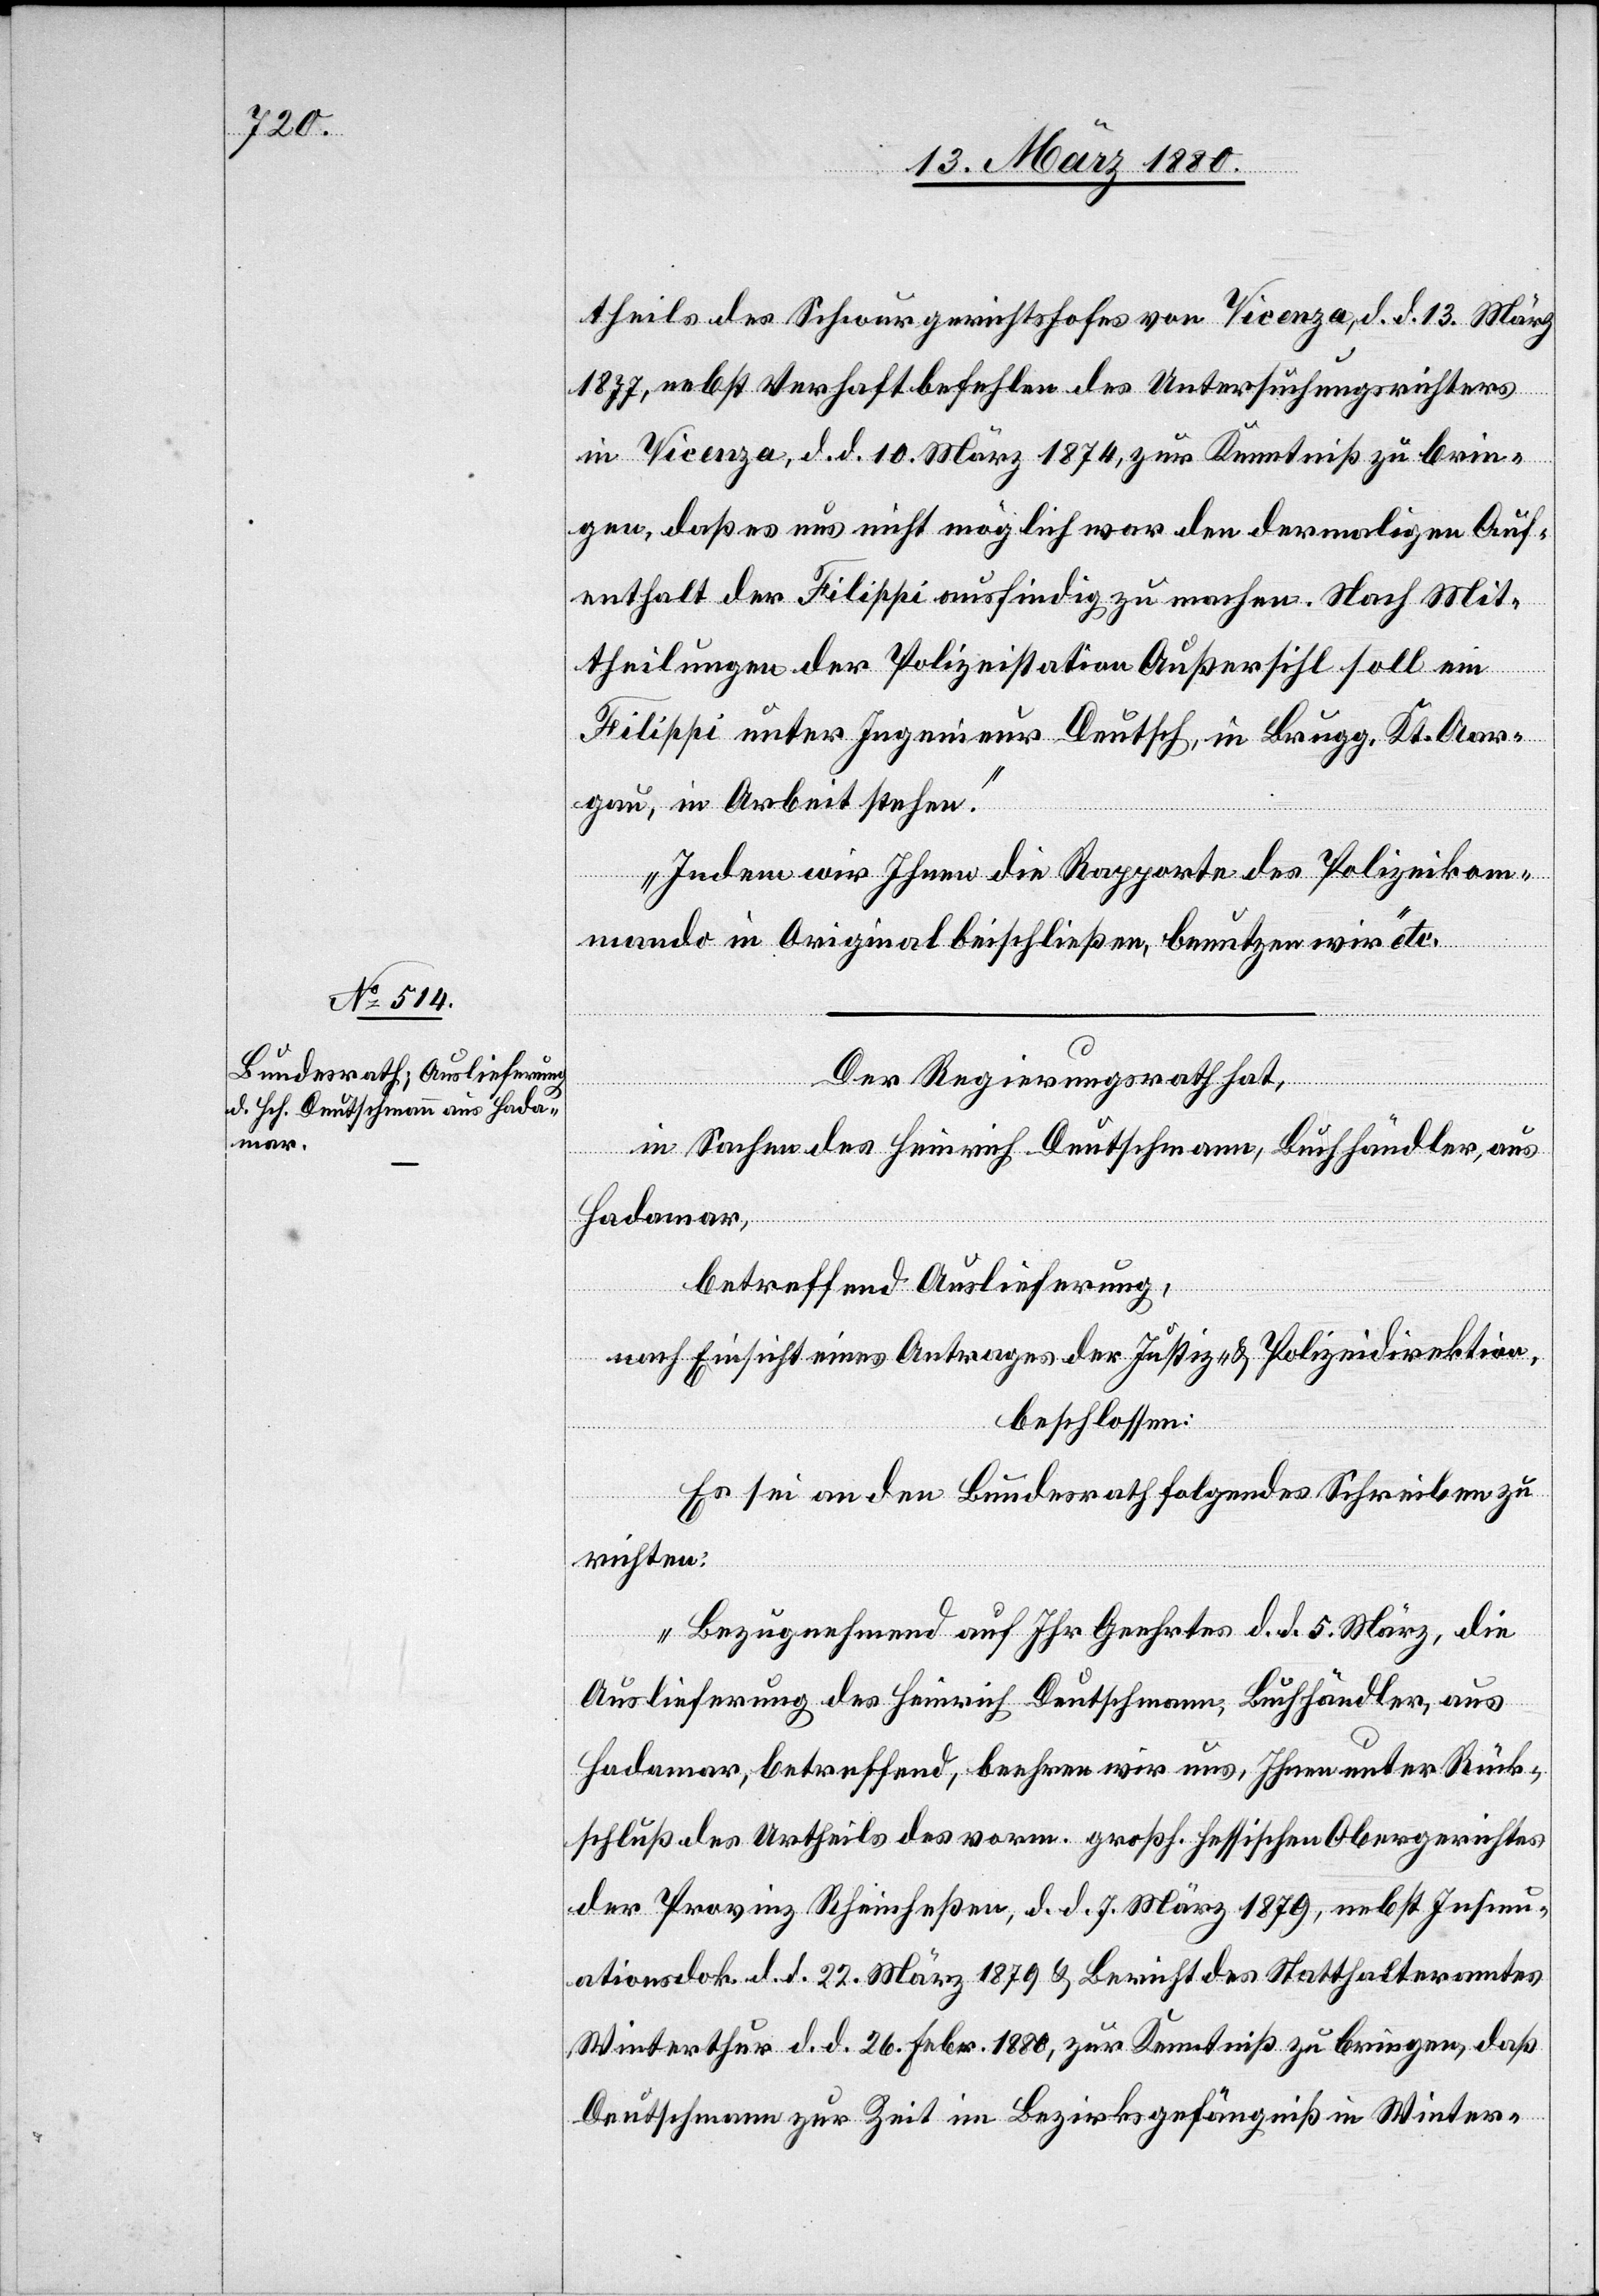
18. März 1880.]
theils des Schwurgerichtshofes von Vicenza, d. d. 13. März
1877, nebst Verhaftbefehlen des Untersuchungsrichters
in Vicenza, d. d. 10. März 1874, zur Kenntniß zu brin¬
gen, daß es uns nicht möglich war den dermaligen Auf¬
enthalt der Filippi ausfindig zu machen. Nach Mit¬
theilungen der Polizeistation Außersihl soll ein
Filippi unter Ingenieur Deutsch, in Brugg, Kt. Aar¬
gau, in Arbeit stehen.
Indem wir Ihnen die Rapporte des Polizeikom¬
mando in Original beschließen, benutzen wir“ etc.
Der Regierungsrath hat,
in Sachen des Heinrich Deutschmann, Buchhändler, aus
Hadamar,
betreffend Auslieferung,
nach Einsicht eines Antrages der Justiz- & Polizeidirektion,
beschlossen:
Es sei an den Bundesrath folgendes Schreiben zu
richten:
„Bezugnehmend auf Ihr Geehrtes d. d. 5. März, die
Auslieferung des Heinrich Deutschmann, Buchhändler, aus
Hadamar, betreffend, beehren wir uns, Ihnen unter Rück¬
schluß des Urtheils des vorm. großh. hessischen Obergerichtes
der Provinz Rheinheßen, d. d. 7. März 1879, nebst Insinu¬
ationsdok. d. d. 22. März 1879 & Bericht des Statthalteramtes
Winterthur d. d. 26. Febr. 1880, zur Kenntniß zu bringen, daß
Deutschmann zur Zeit im Bezirksgefängniß in Winter-